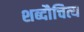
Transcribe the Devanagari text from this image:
शब्दौचित्य